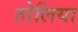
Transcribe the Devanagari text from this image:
तोलिया